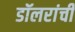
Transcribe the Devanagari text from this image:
डॉलरांची